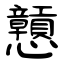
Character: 戅